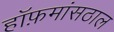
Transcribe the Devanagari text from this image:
हॉफ़मांसठाल